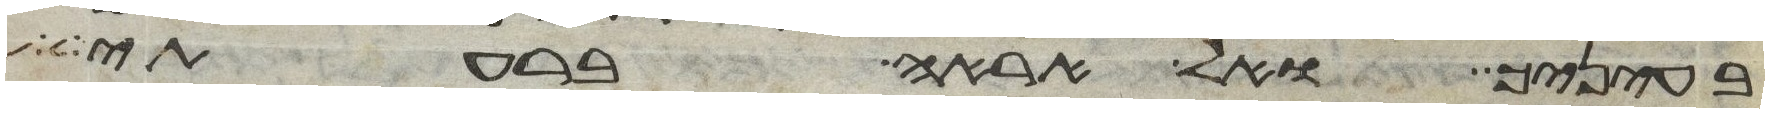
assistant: בעיניך ואל אראה ברעתי